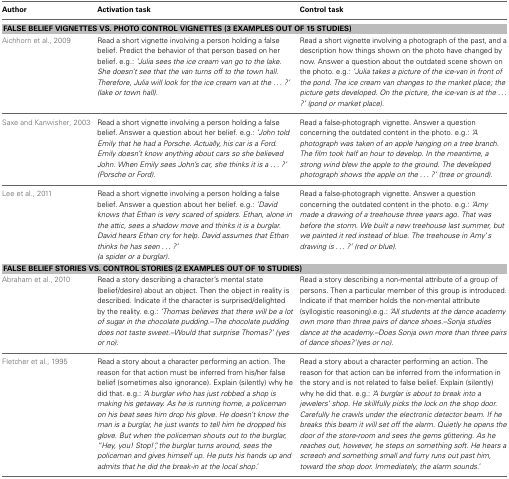
<table><thead><tr><td><b>Author</b></td><td><b>Activation task</b></td><td><b>Control task</b></td></tr></thead><tbody><tr><td colspan="3"><b>FALSE BELIEF VIGNETTES VS. PHOTO CONTROL VIGNETTES (3 EXAMPLES OUT OF 15 STUDIES)</b></td></tr><tr><td>Aichhorn et al., 2009</td><td>Read a short vignette involving a person holding a false belief. Predict the behavior of that person based on her belief. e.g.: <i>‘Julia sees the ice cream van go to the lake. She doesn&#x27;t see that the van turns off to the town hall. Therefore, Julia will look for the ice cream van at the ... ?’ (lake or town hall)</i>.</td><td>Read a short vignette involving a photograph of the past, and a description how things shown on the photo have changed by now. Answer a question about the outdated scene shown on the photo. e.g.: <i>‘Julia takes a picture of the ice-van in front of the pond. The ice cream van changes to the market place; the picture gets developed. On the picture, the ice-van is at the ... ?’ (pond or market place)</i>.</td></tr><tr><td>Saxe and Kanwisher, 2003</td><td>Read a short vignette involving a person holding a false belief. Answer a question about her belief. e.g.: <i>‘John told Emily that he had a Porsche. Actually, his car is a Ford. Emily doesn&#x27;t know anything about cars so she believed John. When Emily sees John&#x27;s car, she thinks it is a ... ?’ (Porsche or Ford)</i>.</td><td>Read a false-photograph vignette. Answer a question concerning the outdated content in the photo. e.g.: <i>‘A photograph was taken of an apple hanging on a tree branch. The film took half an hour to develop. In the meantime, a strong wind blew the apple to the ground. The developed photograph shows the apple on the ... ?’ (tree or ground)</i>.</td></tr><tr><td>Lee et al., 2011</td><td>Read a short vignette involving a person holding a false belief. Answer a question about her belief. e.g.: <i>‘David knows that Ethan is very scared of spiders. Ethan, alone in the attic, sees a shadow move and thinks it is a burglar. David hears Ethan cry for help. David assumes that Ethan thinks he has seen ... ?’ (a spider or a burglar)</i>.</td><td>Read a false-photograph vignette. Answer a question concerning the outdated content in the photo. e.g.: <i>‘Amy made a drawing of a treehouse three years ago. That was before the storm. We built a new treehouse last summer, but we painted it red instead of blue. The treehouse in Amy</i>&#x27;<i>s drawing is ... ?’ (red or blue)</i>.</td></tr><tr><td colspan="3"><b>FALSE BELIEF STORIES VS. CONTROL STORIES (2 EXAMPLES OUT OF 10 STUDIES)</b></td></tr><tr><td>Abraham et al., 2010</td><td>Read a story describing a character&#x27;s mental state (belief/desire) about an object. Then the object in reality is described. Indicate if the character is surprised/delighted by the reality. e.g.: <i>‘Thomas believes that there will be a lot of sugar in the chocolate pudding.–The chocolate pudding does not taste sweet.–Would that surprise Thomas?’ (yes or no)</i>.</td><td>Read a story describing a non-mental attribute of a group of persons. Then a particular member of this group is introduced. Indicate if that member holds the non-mental attribute (syllogistic reasoning).e.g.: <i>‘All students at the dance academy own more than three pairs of dance shoes.–Sonja studies dance at the academy.–Does Sonja own more than three pairs of dance shoes?’(yes or no)</i>.</td></tr><tr><td>Fletcher et al., 1995</td><td>Read a story about a character performing an action. The reason for that action must be inferred from his/her false belief (sometimes also ignorance). Explain (silently) why he did that. e.g.: <i>‘A burglar who has just robbed a shop is making his getaway. As he is running home, a policeman on his beat sees him drop his glove. He doesn&#x27;t know the man is a burglar, he just wants to tell him he dropped his glove. But when the policeman shouts out to the burglar, “Hey, you! Stop!”, the burglar turns around, sees the policeman and gives himself up. He puts his hands up and admits that he did the break-in at the local shop.’</i></td><td>Read a story about a character performing an action. The reason for that action can be inferred from the information in the story and is not related to false belief. Explain (silently) why he did that. e.g.: <i>‘A burglar is about to break into a jewelers’ shop. He skillfully picks the lock on the shop door. Carefully he crawls under the electronic detector beam. If he breaks this beam it will set off the alarm. Quietly he opens the door of the store-room and sees the gems glittering. As he reaches out, however, he steps on something soft. He hears a screech and something small and furry runs out past him, toward the shop door. Immediately, the alarm sounds.’</i></td></tr></tbody></table>